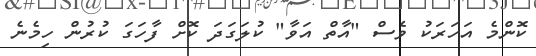
ކޮންމެ އަހަރަކު ވެސް "އާތް އަވާ" ކުލަގަދަ ކޮށް ފާހަގަ ކުރުން ހިމެނެ